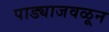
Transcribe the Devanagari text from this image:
पाड्याजवळून